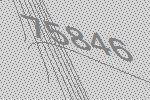
75846